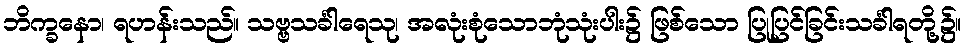
ဘိက္ခနော၊ ရဟန်းသည်။ သဗ္ဗသင်္ခါရေသု၊ အလုံးစုံသောဘုံသုံးပါး၌ ဖြစ်သော ပြုပြင်ခြင်းသင်္ခါရတို့၌။